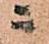
ニ